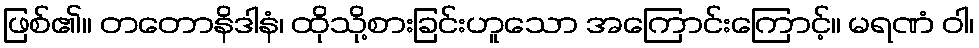
ဖြစ်၏။ တတောနိဒါနံ၊ ထိုသို့စားခြင်းဟူသော အကြောင်းကြောင့်။ မရဏံ ဝါ၊